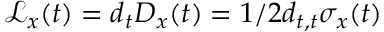
\mathcal { L } _ { x } ( t ) = d _ { t } D _ { x } ( t ) = 1 / 2 d _ { t , t } \sigma _ { x } ( t )